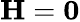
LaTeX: \mathbf{H}=\mathbf{0}